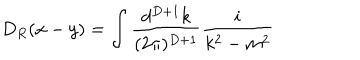
D _ { R } ( x - y ) = \int \frac { d ^ { D + 1 } k } { ( 2 \pi ) ^ { D + 1 } } \frac { i } { k ^ { 2 } - m ^ { 2 } }